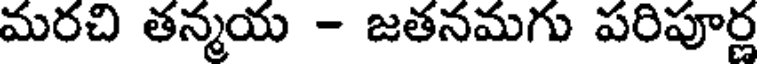
మరచి తన్మయ - జతనమగు పరిపూర్ణ